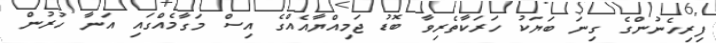
ފިރިހެނުންގެ ގިނަ ބަޔަކު ހަރަކާތެރިވާ ބޮޑު ޖަމިއްޔާއެއްގެ އިސް މަގާމެއްގައި އަނާ ހުރުން